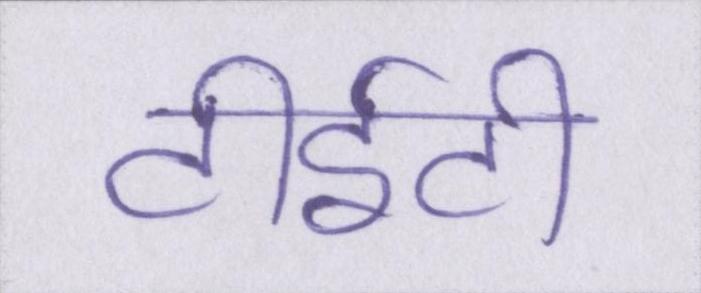
टीईटी